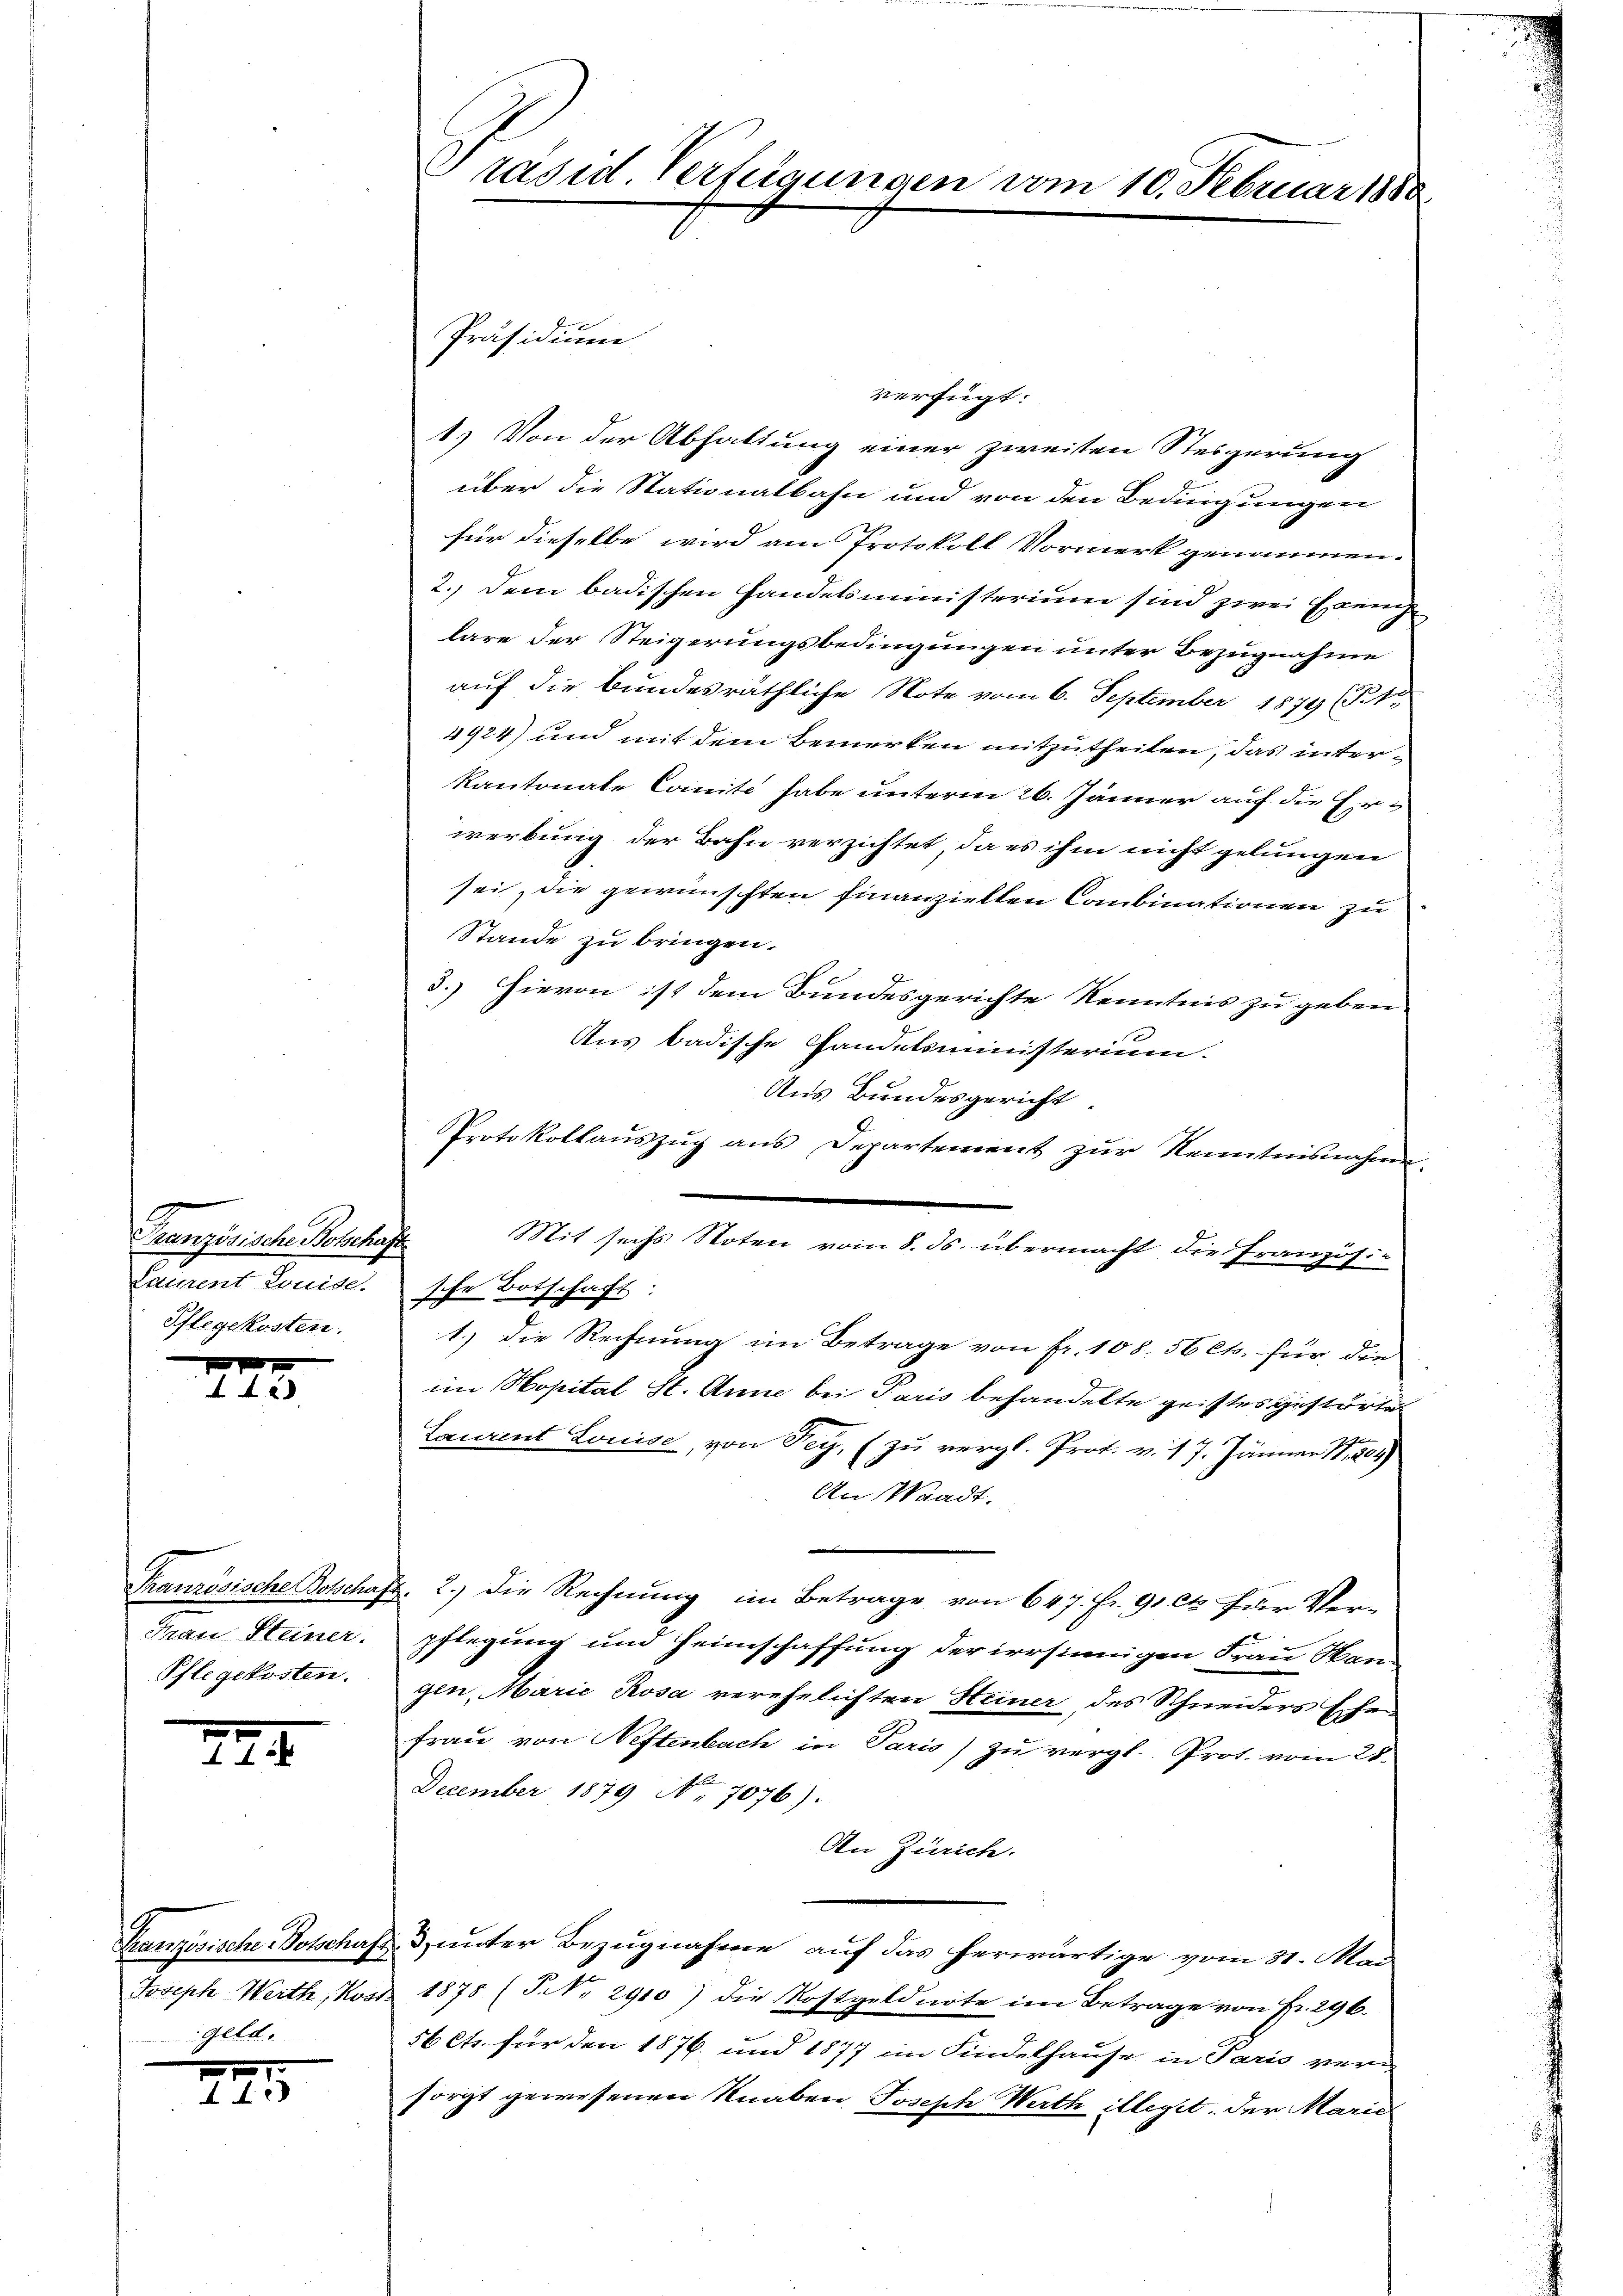
Lament Lonide.
Pflegekosten.

273

Man Steiner.
Pflegekosten.

294

Französische Botschaft
Joseph Werth, Kost
geld.

795

Präsid Verfügungen vom 10. Februar 1880

Präsidium
verfügt:
1.) Von der Abhaltung einer zweiten Steigerung
über die Stationalbahn und von den Bedingungen
für dieselbe wird am Protokoll Vormerk genommen.
2. dem badischen Handelsministerium sind zwei Exemp
lare der Steigerungsbedingungen unter Bezugnahme
auf die bundesräthliche Note vom 6. September 1879 (St.
4924) und mit dem Bemerken mitzutheilen, das inter¬
Kantonale Comité habe unterm 26. Jänner auf die Einwerbung der Bahn verzichtet, da es ihm nicht gelungen
sei, die gewünschten finanziellen Combinationen zu
Stande zu bringen.
3.) Hievon ist dem Bundesgerichte Kenntnis zu geben
Ans badische Handelsministerium.
Aus Bundesgericht.
Protokollauszug aus Departement zur Kenntnisnahme.
Französische Botschaft Mit sechs Noten vom 8. ds. übermacht die Französi-
sche Botschaft:
1.) Die Rechnung im Betrage von Fr. 108. 56 cts. für die
im Hopital St. Anne bei Paris behandelte geistes gestörte
Laurent Louise, von Fey, (zu vergl. Prot. v. 17. Jänner N. 204)
An Waadt.
.
Französische Botschaft. 2.) Die Rechnung im Betrage von 647. fr. 91 et für Ver-
pflegung und Heimschaffung der irrsinnigen Frau Han
gen, Marie Rosa verehelichten Heiner des Schneiders Ehen
frau von Neftenbach in Paris zu vergl. Prot. vom 28.
2
December 1879 No 7076).
In Zürich.
& unter Bezugnahme auf das herwärtige vom 31. Mai
1878 (P NNo. 2910) die Kostgeldnote im Betrage von Fr. 296.
56 Cts. für den 1876. und 1877 im Findelhause in Paris vern
sorgt gewesenen Knaben Joseph Werth illegit. der Marie